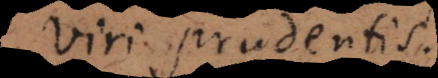
viri prudentis.